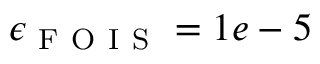
\epsilon _ { \mathrm { ~ F ~ O ~ I ~ S ~ } } = 1 e - 5